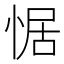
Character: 𭝟